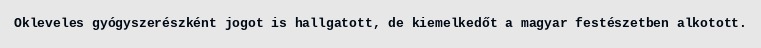
Okleveles gyógyszerészként jogot is hallgatott, de kiemelkedőt a magyar festészetben alkotott.